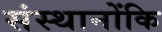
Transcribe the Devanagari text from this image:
संस्थानोंकि